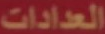
العدادات